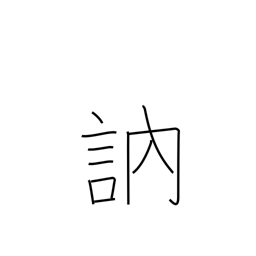
Meaning: stutter